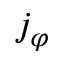
j _ { \varphi }